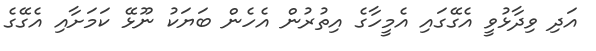
އަދި ވިދާޅުވީ އެގޭގައި އެމީހާގެ އިތުރުން އެހެން ބަޔަކު ނޫޅޭ ކަމަށާއި އެގޭގެ